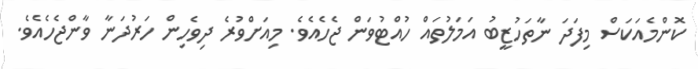
ކޮންމެއަކަސް މިފަދަ ނާތަހުޒީބު އަމަލުތައް ހުއްޓުވަން ޖެހެއެވެ. މިއަށްވުރެ ދިވެހިން ހަރުދަނާ ވާންޖެހެއެވެ.